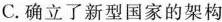
C.确立了新型国家的架构